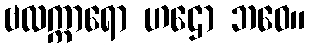
ဗလက္ကာရော ဟဌော ဘဝေ။